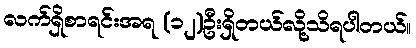
လက်ရှိစာရင်းအရ (၁၂)ဦးရှိတယ်လို့သိရပါတယ်။